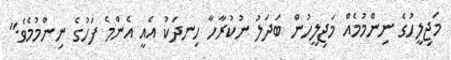
މަޖިލީހުގެ ނިންމުމެއް މަޖިލީހުން ބަދަލު ނުކުރާހާ ހިނދަކު އެއީ އެންމެ ފަހުގެ ނިންމުމެވެ."